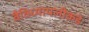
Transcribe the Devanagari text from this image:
वैविध्यापलीकडे